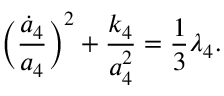
\biggl ( \frac { { \dot { a } } _ { 4 } } { a _ { 4 } } \biggr ) ^ { 2 } + \frac { k _ { 4 } } { a _ { 4 } ^ { 2 } } = \frac { 1 } { 3 } \lambda _ { 4 } .